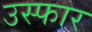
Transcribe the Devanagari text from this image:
उस्फार